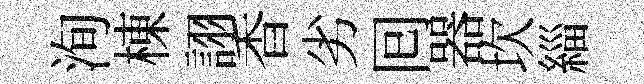
洵棟詡香劣囘器坎緇